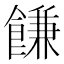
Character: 䭑